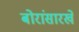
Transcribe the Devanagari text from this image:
बोरांसारखे